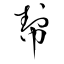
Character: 幇